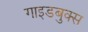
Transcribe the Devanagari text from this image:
गाइडबुक्स